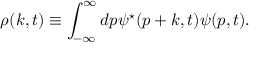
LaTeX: { \rho } ( k , t ) \equiv \int _ { - \infty } ^ { \infty } d p { \psi } ^ { \star } ( p + k , t ) { \psi } ( p , t ) .